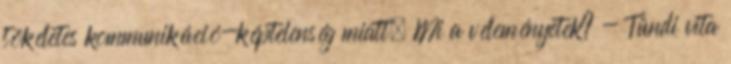
tökéletes kommunikáció-képtelenség miatt. Mi a véleményetek? - Tündi vita